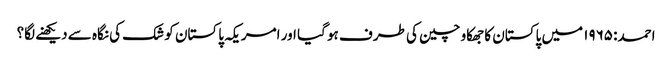
احمد: ۱۹۶۵ میں پاکستان کا جھکاو چین کی طرف ہو گیا اور امریکہ پاکستان کو شک کی نگاہ سے دیکھنے لگا؟